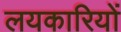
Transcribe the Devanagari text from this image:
लयकारियों